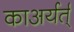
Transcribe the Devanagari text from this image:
काअर्यर्त्